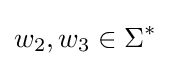
w_{2},w_{3}\in \Sigma ^{*}